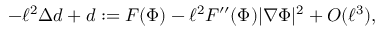
- \ell ^ { 2 } \Delta d + d : = F ( \Phi ) - \ell ^ { 2 } F ^ { \prime \prime } ( \Phi ) | \nabla \Phi | ^ { 2 } + O ( \ell ^ { 3 } ) ,